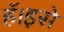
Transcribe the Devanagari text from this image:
हॅ।इसे